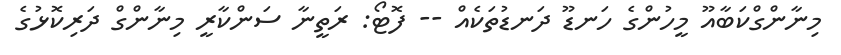
މިނާންގްކަބާއޫ މީހުންގެ ހަނޑޫ ދަނޑުތަކެއް -- ފޮޓޯ: ރަތީނާ ސަންކާރީ މިނާންގް ދަރިކޮޅުގެ